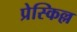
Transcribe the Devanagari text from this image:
प्रेस्किल्ल